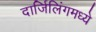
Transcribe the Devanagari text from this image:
दार्जिलिंगमध्ये